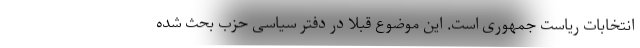
انتخابات ریاست جمهوری است. این موضوع قبلا در دفتر سیاسی حزب بحث شده